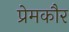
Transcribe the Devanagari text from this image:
प्रेमकौर